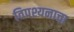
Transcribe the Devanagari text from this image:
विपश्यनाचा